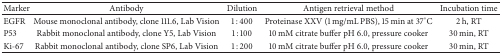
<table><thead><tr><td><b>Marker</b></td><td><b>Antibody</b></td><td><b>Dilution</b></td><td><b>Antigen retrieval method</b></td><td><b>Incubation time</b></td></tr></thead><tbody><tr><td>EGFR</td><td>Mouse monoclonal antibody, clone 111.6, Lab Vision</td><td>1 : 400</td><td>Proteinase XXV (1 mg/mL PBS), 15 min at 37°C</td><td>2 h, RT </td></tr><tr><td>P53</td><td>Rabbit monoclonal antibody, clone Y5, Lab Vision</td><td>1 : 100</td><td>10 mM citrate buffer pH 6.0, pressure cooker</td><td>30 min, RT </td></tr><tr><td>Ki-67</td><td>Rabbit monoclonal antibody, clone SP6, Lab Vision</td><td>1 : 200</td><td>10 mM citrate buffer pH 6.0, pressure cooker</td><td>30 min, RT </td></tr></tbody></table>